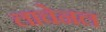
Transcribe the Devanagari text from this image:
लाचेनल